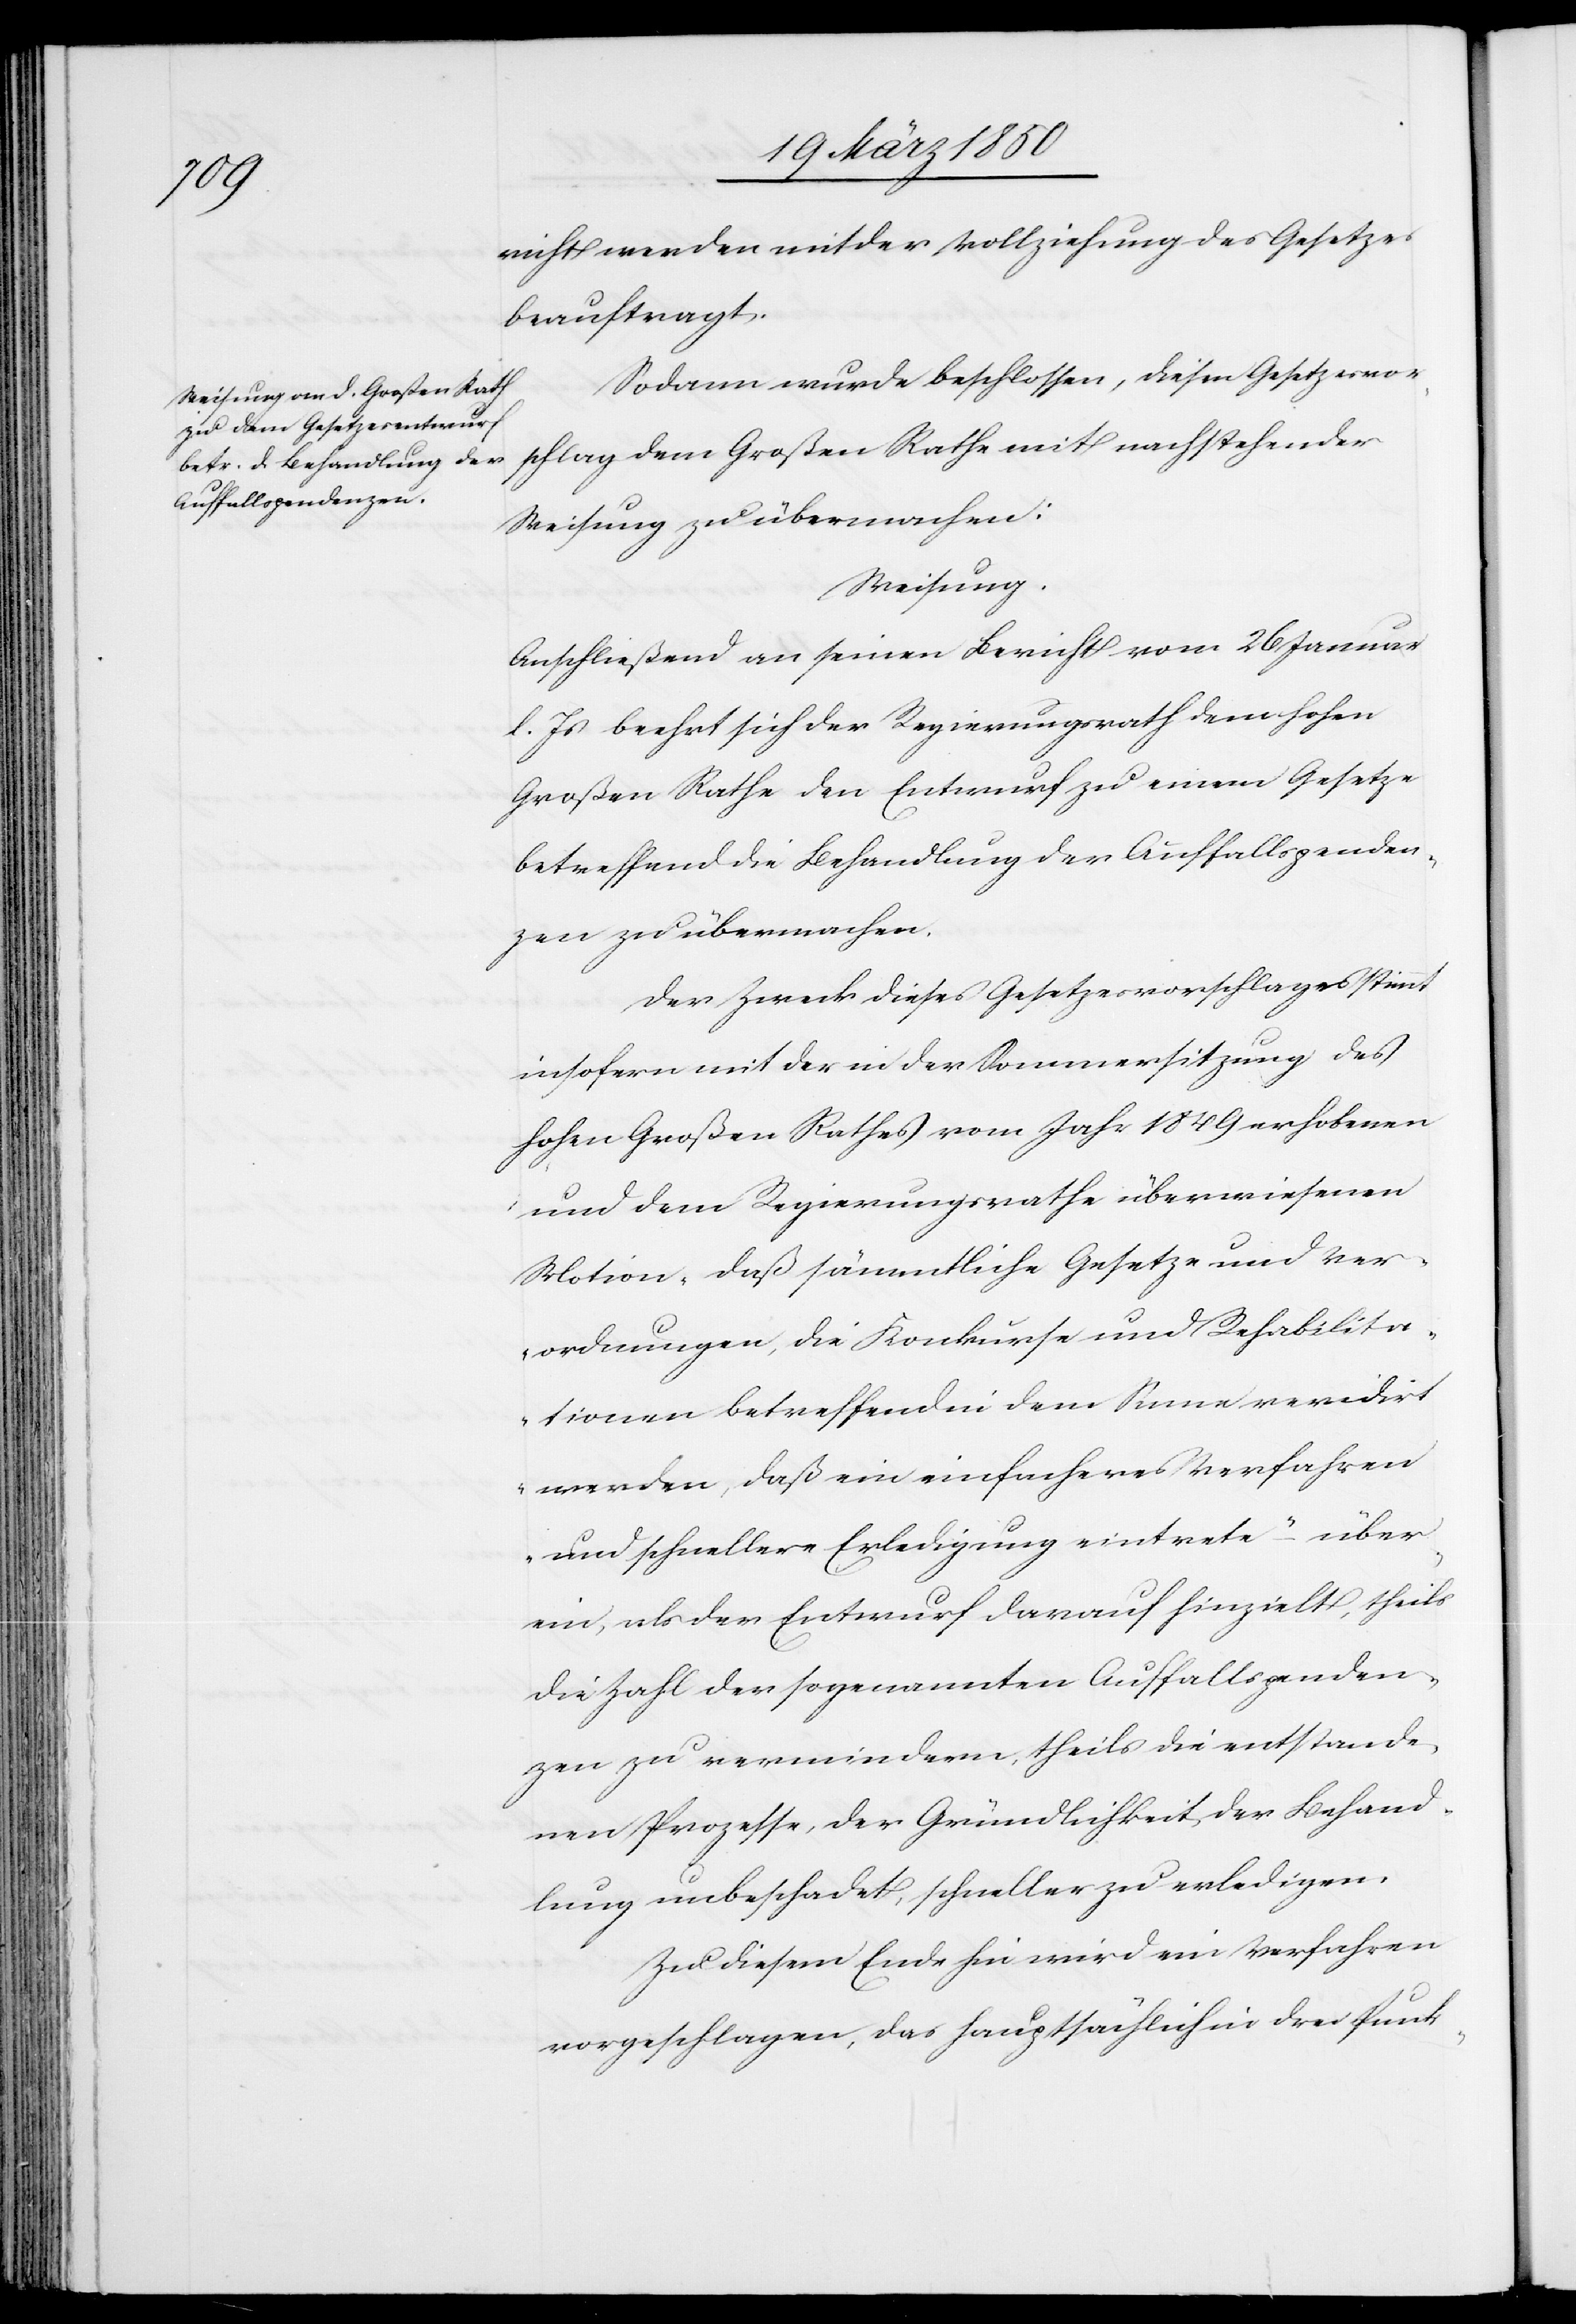
richt werden mit der Vollziehung des Gesetzes
beauftragt.
Sodann wurde beschlossen, diesen Gesetzesvor¬
schlag dem Großen Rathe mit nachstehender
Weisung zu übermachen:
Weisung:
Anschließend an seinen Bericht vom 26 Januar
l. Js beehrt sich der Regierungsrath dem hohen
Großen Rathe den Entwurf zu einem Gesetze
betreffend die Behandlung der Auffallspenden¬
zen zu übermachen.
Der Zweck dieses Gesetzesvorschlages stimmt
insofern mit der in der Sommersitzung des
hohen Großen Rathes vom Jahr 1849 erhobenen
und dem Regierungsrathe überwiesenen
Motion, „daß sämmtliche Gesetze und Ver¬
ordnungen, die Konkurse und Rehabilita¬
tionen betreffend in dem Sinne revidirt
werden, daß ein einfacheres Verfahren
und schnellere Erledigung eintrete“ – über¬
ein, als der Entwurf darauf hinzielt, theils
die Zahl der sogenannten Auffallspenden¬
zen zu vermindern, theils die entstande¬
nen Prozesse, der Gründlichkeit, der Behand¬
lung unbeschadet, schneller zu erledigen.
Zu diesem Ende hin wird ein Verfahren
vorgeschlagen, das hauptsächlich in drei Punk-